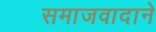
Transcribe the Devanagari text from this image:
समाजवादाने